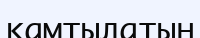
қамтылатын